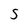
Character: S